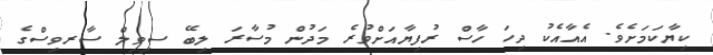
ކިޔާކަމަށެވެ. އެއާއެކު ދިހަ ހާސް ރުފިޔާއަށްވުރެ މަދުން މުސާރަ ލިބޭ ސިވިލް ސާރވިސްގެ